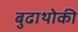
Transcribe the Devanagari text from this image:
बुढाथोकी